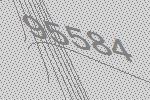
95584